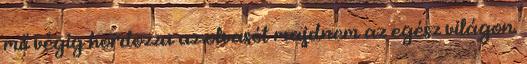
mű végig hordozza az olvasót majdnem az egész világon.